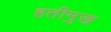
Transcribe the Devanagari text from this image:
हतीमुख